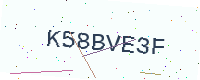
Text: K58BVE3F